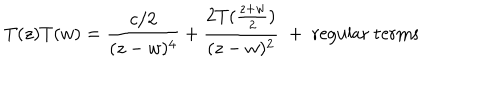
LaTeX: T ( z ) T ( w ) = \frac { c / 2 } { ( z - w ) ^ { 4 } } + \frac { 2 T ( \frac { z + w } { 2 } ) } { ( z - w ) ^ { 2 } } \; + \; \mathrm { r e g u l a r ~ t e r m s }